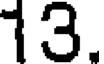
13.